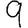
Digit: 9